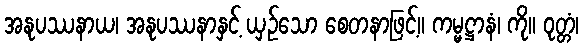
အနုပဿနာယ၊ အနုပဿနာနှင့် ယှဉ်သော စေတနာဖြင့်။ ကမ္မဋ္ဌာနံ၊ ကို။ ဝုတ္တံ၊